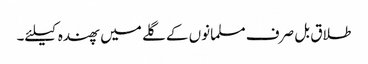
طلاق بل صرف مسلمانوں کے گلے میں پھندہ کیلئے۔